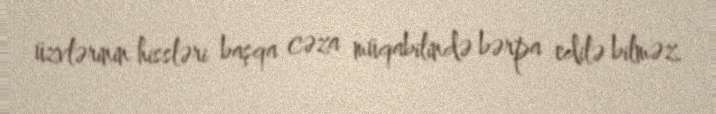
üzvlərinin hissləri başqa cəza müqabilində bərpa edilə bilməz.